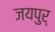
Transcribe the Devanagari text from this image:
जयपुर्